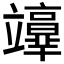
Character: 𥫉